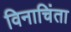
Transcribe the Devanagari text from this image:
विनाचिंता